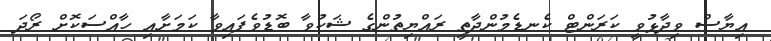
އިޔާސް ވިދާޅުވީ ކަރަންޓް ކެނޑެމުންދާތީ ރައްޔިތުންގެ ޝަކުވާ ބޮޑުވެފައިވާ ކަމަށާއި ހާއްސަކޮށް ރޯދަ